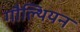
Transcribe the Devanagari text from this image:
गौल्थियन